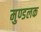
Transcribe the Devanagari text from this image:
मुण्डलक